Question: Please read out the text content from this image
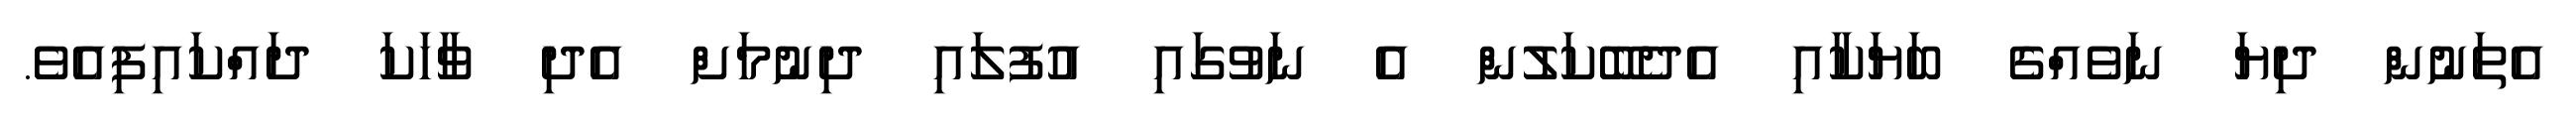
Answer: އެތަނުން ދިޔަ ނަވެއްގެ ބަޔަކާއި އެދެބޭކަލުން އެ ނަވުގައި އުފުލައި ދިނުމަށް އެދި ވާހަކަ ދައްކައިފިއެވެ.